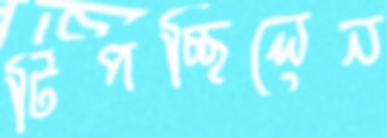
টিপচ্ছিলেন